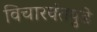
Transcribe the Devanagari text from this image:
विचारवंतपुढे